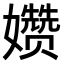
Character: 𫲗